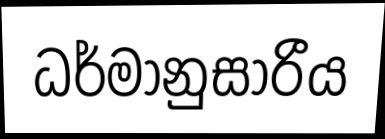
ධර්මානුසාරීය